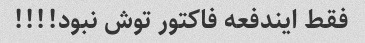
فقط ایندفعه فاکتور توش نبود!!!!